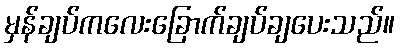
မှန်ချပ်ကလေးခြောက်ချပ်ချပေးသည်။